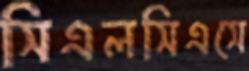
সিএলসিএসে